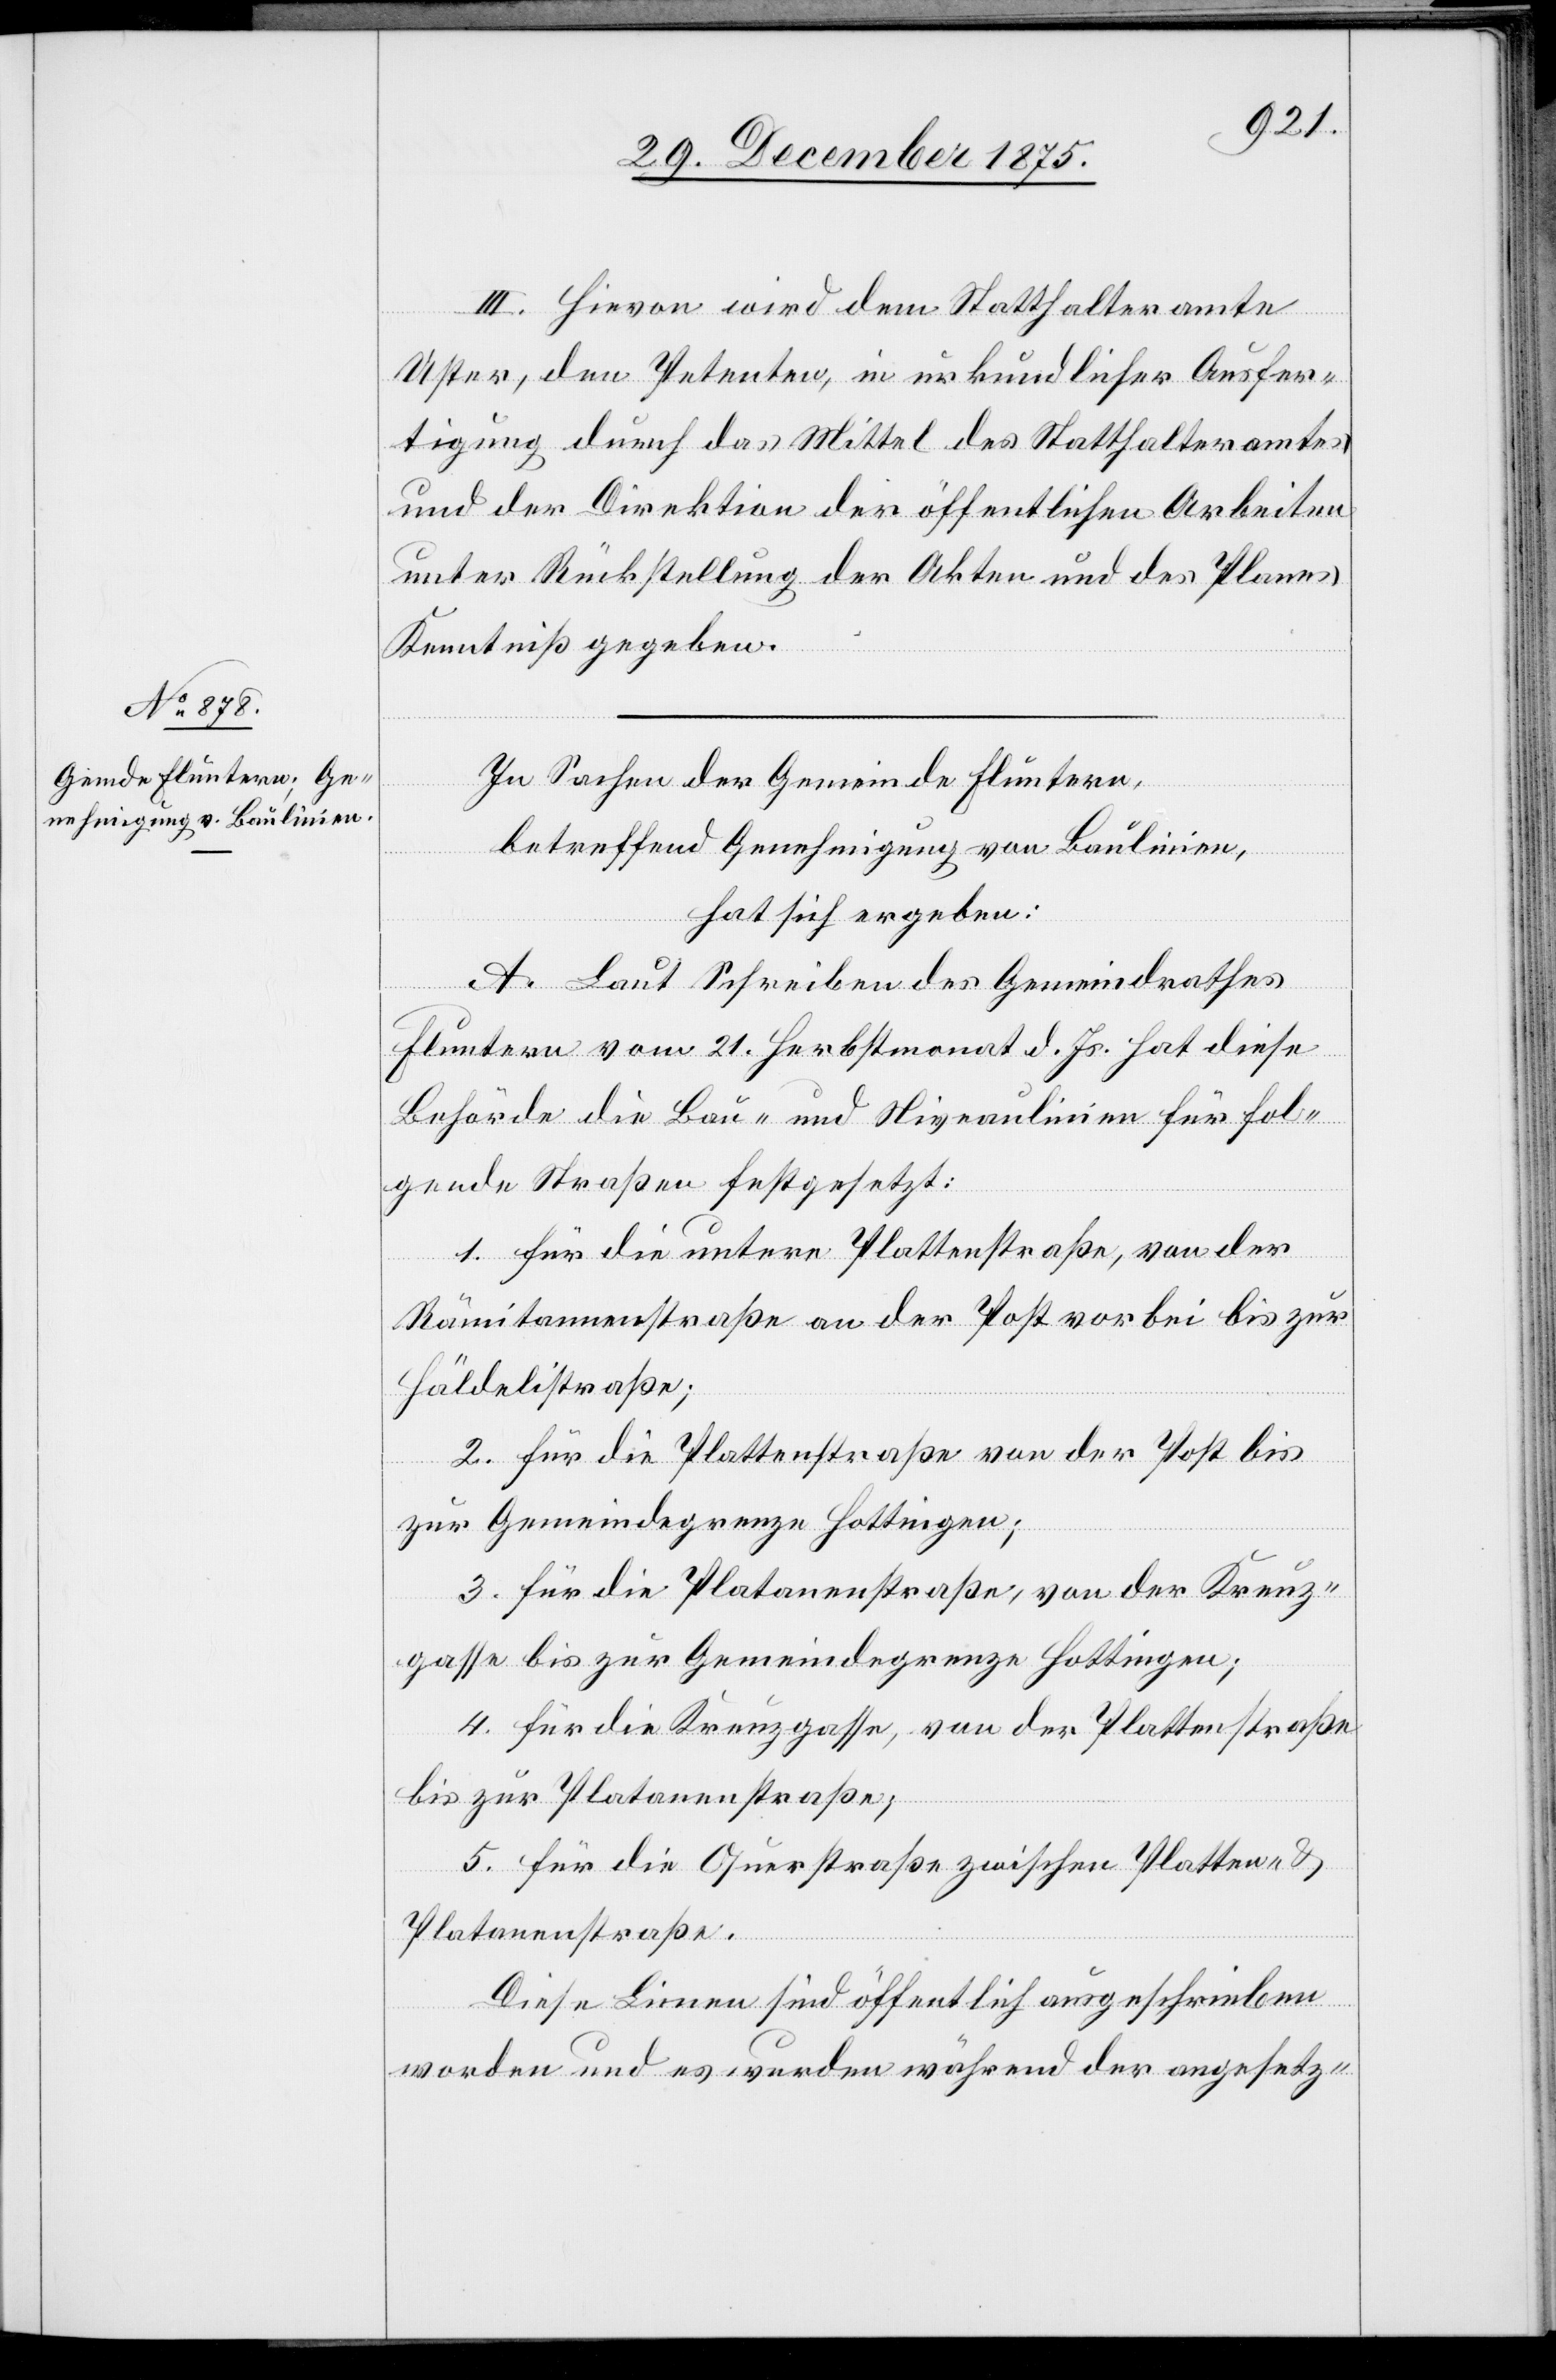
III. Hievon wird dem Statthalteramte
Uster, den Petenten in urkundlicher Ausfer¬
tigung durch das Mittel des Statthalterdamtes
und der Direktion der öffentlichen Arbeiten
unter Rückstellung der Akten und des Planes
Kenntniß gegeben.
In Sachen der Gemeinde Fluntern,
betreffend Genehmigung von Baulinien,
hat sich ergeben:
A. Laut Schreiben des Gemeindrathes
Fluntern vom 21. Herbstmonat d. Js. hat diese
Behörde die Bau- und Niveaulinien für fol¬
gende Straßen festgesetzt:
1. Für die untere Plattenstraße, von der
Rämitannenstraße an der Post vorbei bis zur
Häldelistraße;
2. Für die Plattenstraße von der Post bis
zur Gemeindegrenze Hottingen;
3. Für die Platanenstraße, von der Kreuz¬
gasse bis zur Gemeindegrenze Hottingen;
4. Für die Kreuzgasse, von der Plattenstraße
bis zur Platanenstraße;
5. Für die Querstraße zwischen Platten- &
Platanenstraße.
Diese Linien sind öffentlich ausgeschrieben
worden und es wurden während der angesetz-